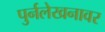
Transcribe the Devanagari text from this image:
पुर्नलेखनावर